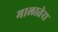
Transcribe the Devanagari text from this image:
मालातेरा